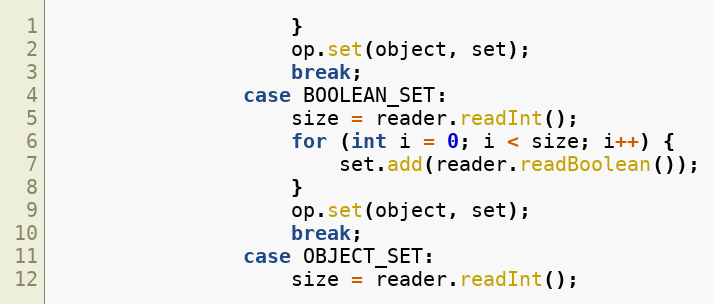
Language: Java
                    }
                    op.set(object, set);
                    break;
                case BOOLEAN_SET:
                    size = reader.readInt();
                    for (int i = 0; i < size; i++) {
                        set.add(reader.readBoolean());
                    }
                    op.set(object, set);
                    break;
                case OBJECT_SET:
                    size = reader.readInt();